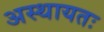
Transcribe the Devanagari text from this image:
अस्थायतः